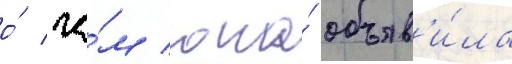
о́ че́м она́ объяв'и́ла